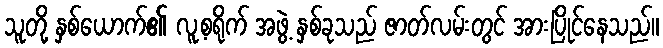
သူတို့ နှစ်ယောက်၏ လူ့စရိုက် အဖွဲ့ နှစ်ခုသည် ဇာတ်လမ်းတွင် အားပြိုင်နေသည်။